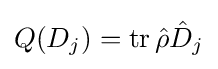
{\textstyle Q(D_{j})=\operatorname {tr} {\hat {\rho }}{\hat {D}}_{j}}